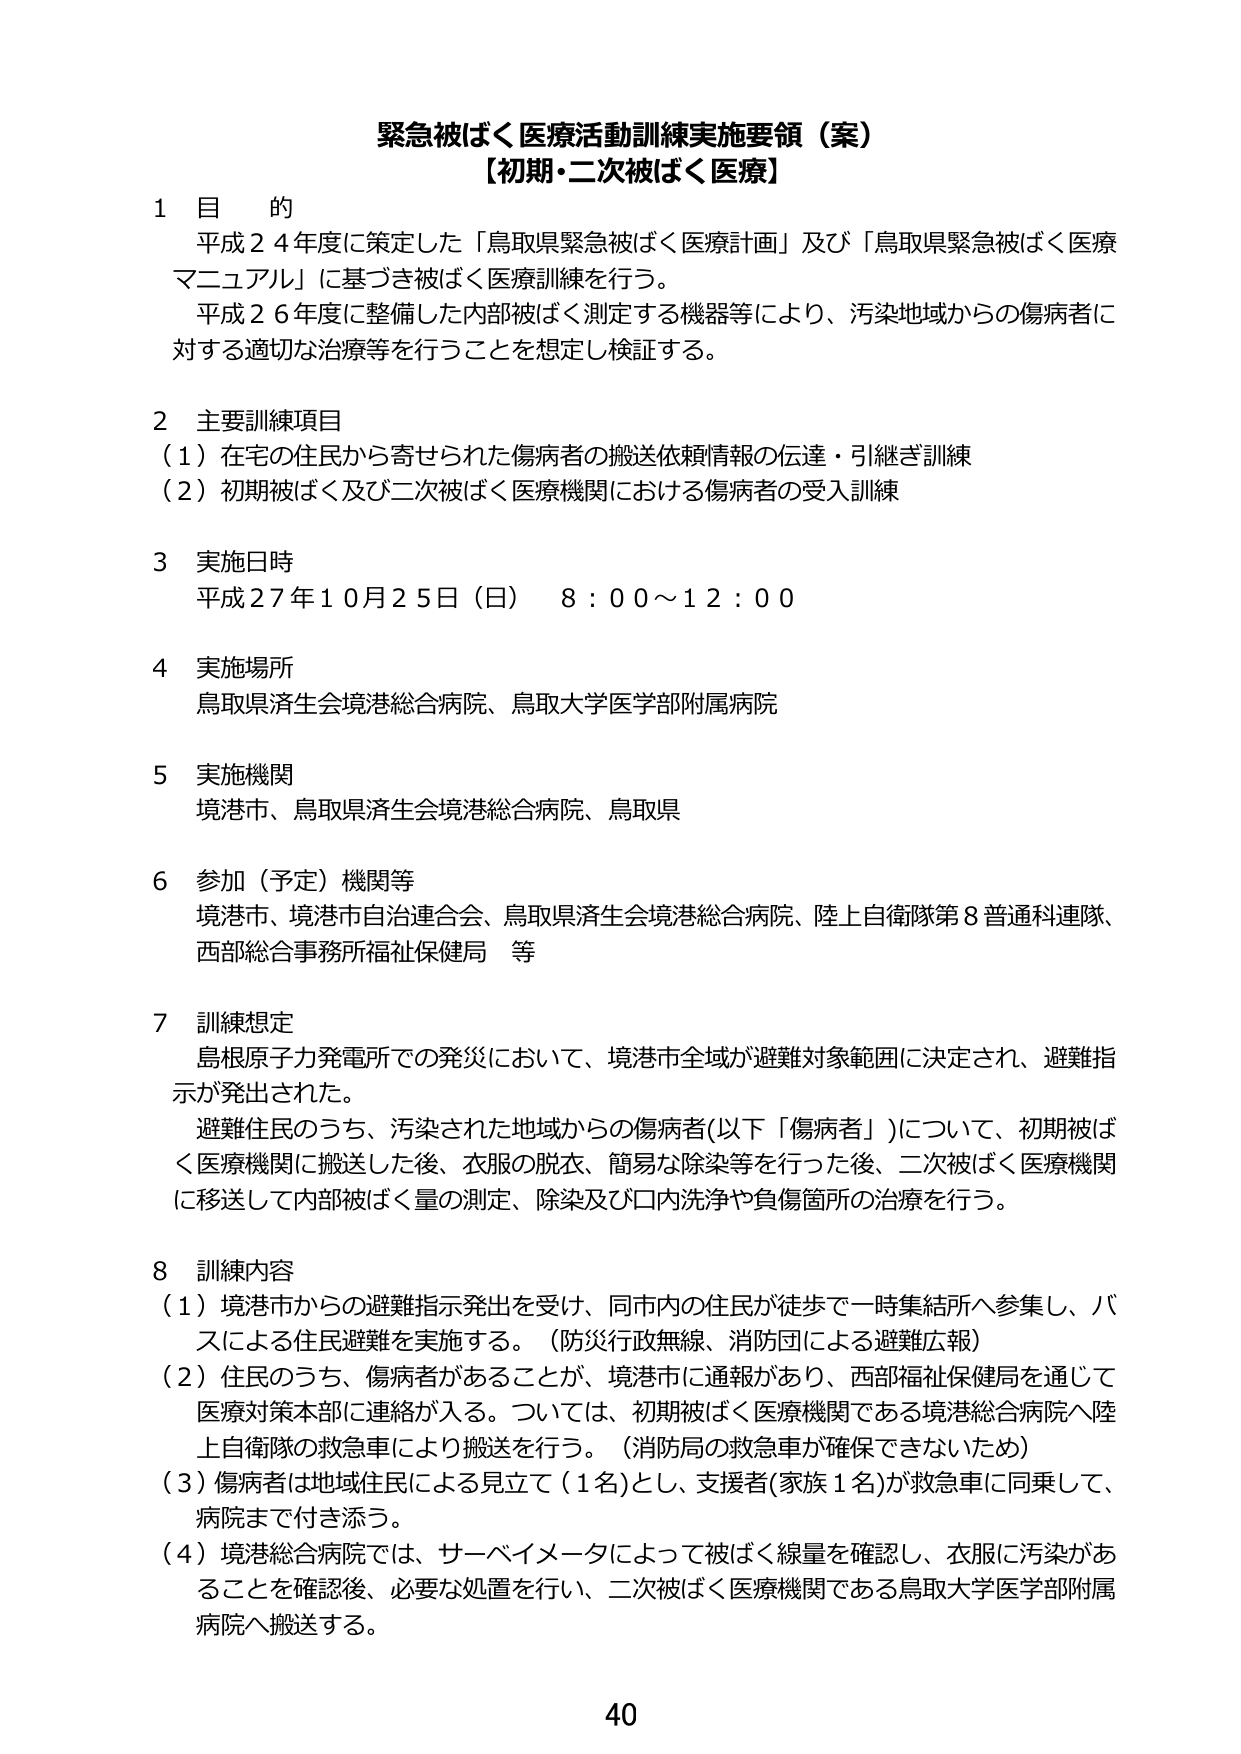
緊急被ばく医療活動訓練実施要領（案）
【初期・二次被ばく医療】

1 目 的
平成24年度に策定した「鳥取県緊急被ばく医療計画」及び「鳥取県緊急被ばく医療マニュアル」に基づき被ばく医療訓練を行う。
平成26年度に整備した内部被ばく測定する機器等により、汚染地域からの傷病者に対する適切な治療等を行うことを想定し検証する。

2 主要訓練項目
（1）在宅の住民から寄せられた傷病者の搬送依頼情報の伝達・引継ぎ訓練
（2）初期被ばく及び二次被ばく医療機関における傷病者の受入訓練

3 実施日時
平成27年10月25日（日） 8：00～12：00

4 実施場所
鳥取県済生会境港総合病院、鳥取大学医学部附属病院

5 実施機関
境港市、鳥取県済生会境港総合病院、鳥取県

6 参加（予定）機関等
境港市、境港市自治連合会、鳥取県済生会境港総合病院、陸上自衛隊第8普通科連隊、西部総合事務所福祉保健局 等

7 訓練想定
島根原子力発電所での発災において、境港市全域が避難対象範囲に決定され、避難指示が発出された。
避難住民のうち、汚染された地域からの傷病者（以下「傷病者」）について、初期被ばく医療機関に搬送した後、衣服の脱衣、簡易な除染等を行った後、二次被ばく医療機関に移送して内部被ばく量の測定、除染及び口内洗浄や負傷箇所の治療を行う。

8 訓練内容
（1）境港市からの避難指示発出を受け、同市内の住民が徒歩で一時集結所へ参集し、バスによる住民避難を実施する。（防災行政無線、消防団による避難広報）
（2）住民のうち、傷病者があることが、境港市に通報があり、西部福祉保健局を通じて医療対策本部に連絡が入る。ついては、初期被ばく医療機関である境港総合病院へ陸上自衛隊の救急車により搬送を行う。（消防局の救急車が確保できないため）
（3）傷病者は地域住民による見立て（1名）とし、支援者（家族1名）が救急車に同乗して、病院まで付き添う。
（4）境港総合病院では、サーベイメータによって被ばく線量を確認し、衣服に汚染があることを確認後、必要な処置を行い、二次被ばく医療機関である鳥取大学医学部附属病院へ搬送する。

40